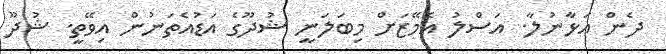
ދެން އަޅާނުލާ. އަސްލު އެމޭޒަށް މިބަލަނީ ޝުދޫގެ އަޑުއެތަނުން އިވޭތީ. ޝުދޫ